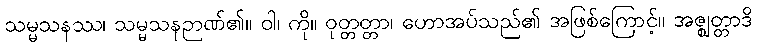
သမ္မသနဿ၊ သမ္မသနဉာဏ်၏။ ဝါ၊ ကို။ ဝုတ္တတ္တာ၊ ဟောအပ်သည်၏ အဖြစ်ကြောင့်။ အဇ္ဈတ္တာဒိ